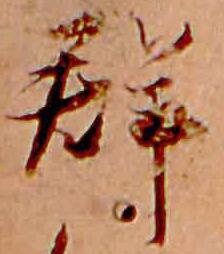
群